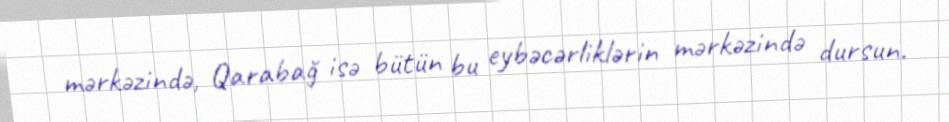
mərkəzində, Qarabağ isə bütün bu eybəcərliklərin mərkəzində dursun.